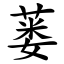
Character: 蒌